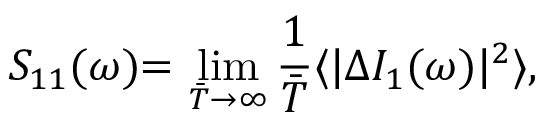
{ S _ { 1 1 } ( \omega ) } { = } \ { \operatorname* { l i m } _ { \bar { T } \to \infty } \frac { 1 } { \bar { T } } \langle | \Delta I _ { 1 } ( \omega ) | ^ { 2 } \rangle } ,